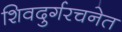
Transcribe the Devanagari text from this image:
शिवदुर्गरचनेत